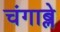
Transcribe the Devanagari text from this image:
चंगाब्ले